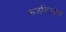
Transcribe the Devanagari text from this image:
रुजविताना